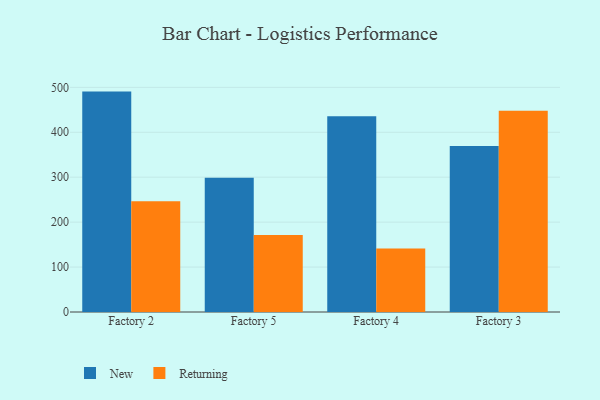
{"axis": {"x": "Factory", "y": "Page Views"}, "legend": ["New", "Returning"], "data": [{"x": "Factory 2", "y": 490.5, "type": "New"}, {"x": "Factory 2", "y": 246.5, "type": "Returning"}, {"x": "Factory 5", "y": 298.5, "type": "New"}, {"x": "Factory 5", "y": 171.3, "type": "Returning"}, {"x": "Factory 4", "y": 435.8, "type": "New"}, {"x": "Factory 4", "y": 141.1, "type": "Returning"}, {"x": "Factory 3", "y": 369.4, "type": "New"}, {"x": "Factory 3", "y": 447.8, "type": "Returning"}]}